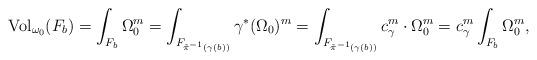
LaTeX: \begin{align*}\mathrm{Vol}_{\omega_0}(F_b)=\int_{F_b} \Omega_0^m = \int_{{F_{\tilde{\pi}^{-1}(\gamma(b))}}} \gamma^* (\Omega_0)^m = \int_{{F_{\tilde{\pi}^{-1}(\gamma(b))}}}{{c_\gamma^m}} \cdot \Omega_0^m = {{c_\gamma^m}} \int_{F_b} \Omega_0^m,\end{align*}